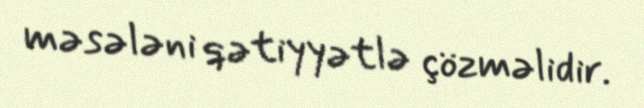
məsələni qətiyyətlə çözməlidir.